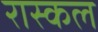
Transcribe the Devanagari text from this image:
रास्कल